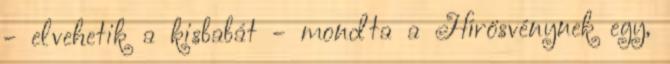
- elvehetik a kisbabát - mondta a Hírösvénynek egy,